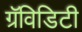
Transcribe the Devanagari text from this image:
ग्रॅविडिटी